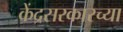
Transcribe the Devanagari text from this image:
केंद्रसरकारच्या